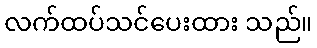
လက်ထပ်သင်ပေးထား သည်။